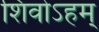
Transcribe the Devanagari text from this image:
शिवोऽहम्